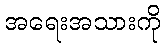
အရေးအသားကို